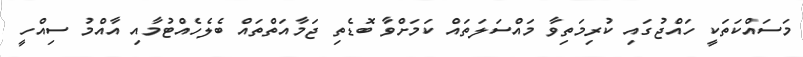
މަސައްކަތަކީ ހައްޖުގައި ކުރިމަތިވާ މައްސަލަތައް ކަމަށްވާ ބޮޑެތި ޖަމާއަތްތައް ބެލެހެއްޓުމާއި އާއްމު ސިއްހީ